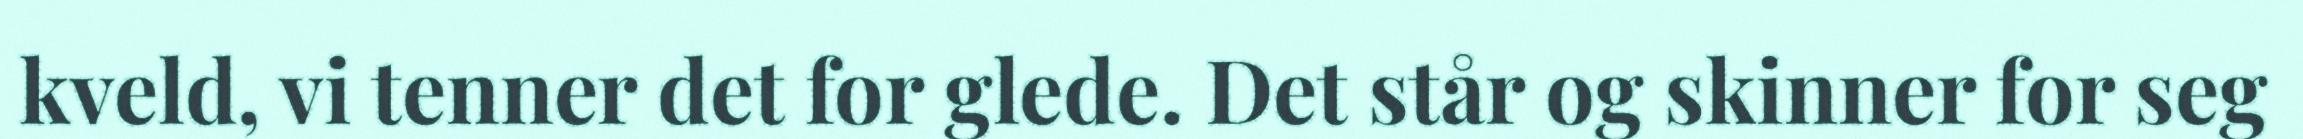
kveld, vi tenner det for glede. Det står og skinner for seg